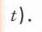
\(t)\)